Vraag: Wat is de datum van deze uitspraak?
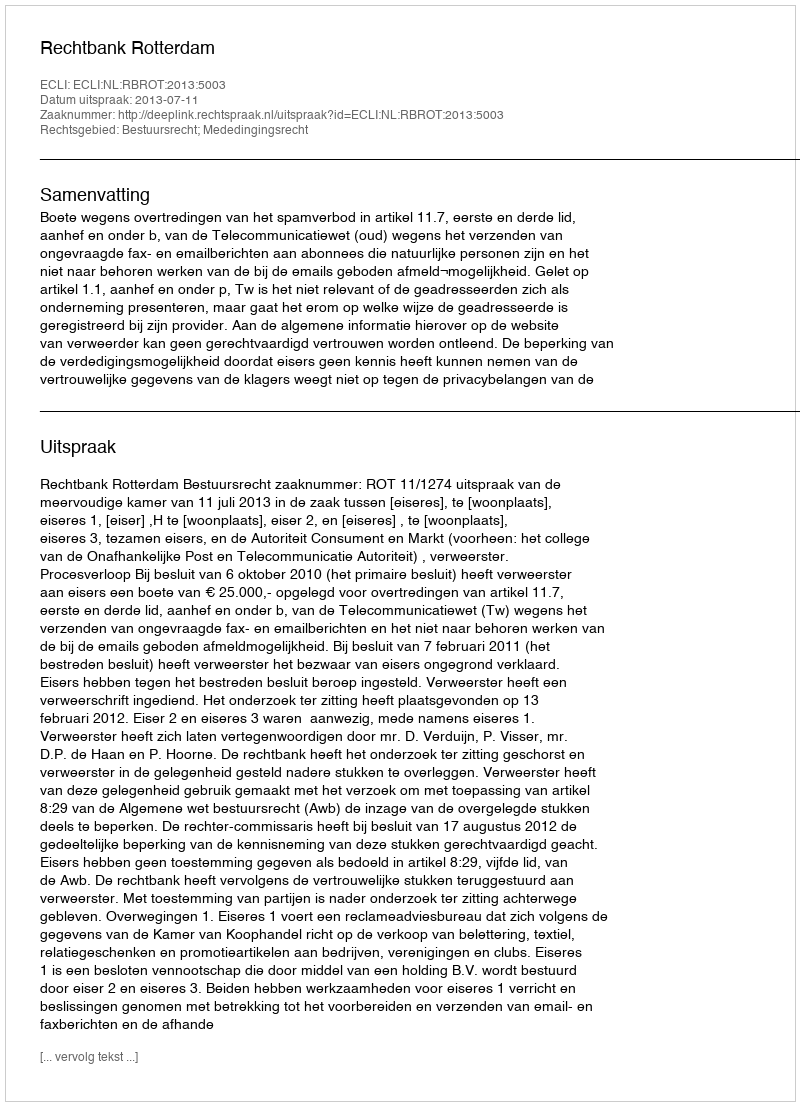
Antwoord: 2013-07-11